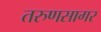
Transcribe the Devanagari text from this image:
तरुणसागर